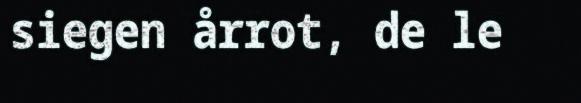
siegen årrot, de le